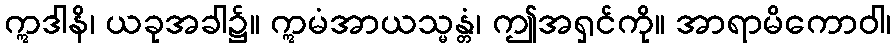
ဣဒါနိ၊ ယခုအခါ၌။ ဣမံအာယသ္မန္တံ၊ ဤအရှင်ကို။ အာရာမိကောဝါ၊